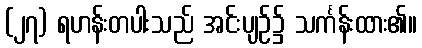
(၂၇) ရဟန်းတပါးသည် အင်းပျဉ်၌ သင်္ကန်းထား၏။